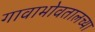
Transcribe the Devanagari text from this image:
गावाभोवतालच्या